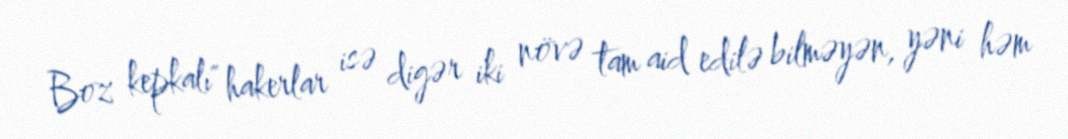
Boz kepkalı" hakerlar isə digər iki növə tam aid edilə bilməyən, yəni həm